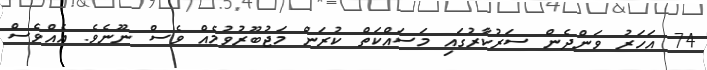
74 އަހަރު ވަންދެން ސަރުކާރުގައި މަސައްކަތް ކުރަން މަޖުބޫރުވުމެއް ވެސް ނޫނެވެ. އެއްވެސް